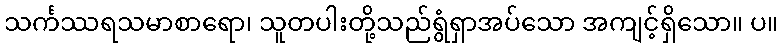
သင်္ကဿရသမာစာရော၊ သူတပါးတို့သည်ရွံရှာအပ်သော အကျင့်ရှိသော။ ပ။